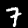
Digit: 7